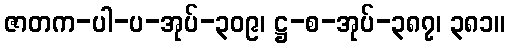
ဇာတက-ပါ-ပ-အုပ်-၃၀၉၊ ဋ္ဌ-စ-အုပ်-၃၈၇၊ ၃၈၁။